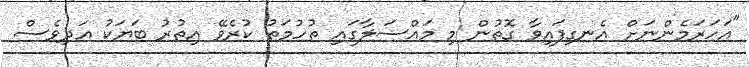
"އަހަރަމެންނަށް އެނގިފައިވާ ގޮތުން މި މައްސަލާގައި ތުހުމަތު ކުރެވޭ އިތުރު ބަޔަކު އަދިވެސް